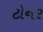
ટોનર